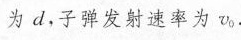
为d，子弹发射速率为v0。